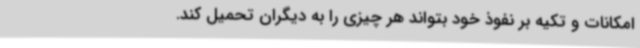
امکانات و تکیه بر نفوذ خود بتواند هر چیزی را به دیگران تحمیل کند.